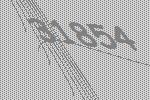
31854